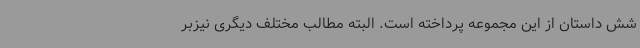
شش داستان از این مجموعه پرداخته است. البته مطالب مختلف دیگری نیزبر